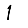
Digit: 1